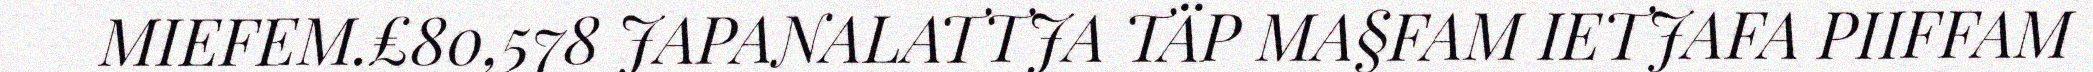
MIEFEM.£80,578 JAPANALATTJA TÄP MA§FAM IETJAFA PIIFFAM